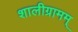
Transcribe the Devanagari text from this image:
शालीग्रामम्